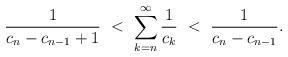
LaTeX: \begin{align*}\frac{1}{c_{n}-c_{n-1}+1} \ <\ \sum_{k = n}^{\infty} \frac{1}{c_{k}}\ <\ \frac{1}{c_{n}-c_{n-1}}.\end{align*}